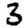
Digit: 3